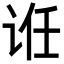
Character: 𬣯